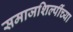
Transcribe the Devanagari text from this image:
समाजशिल्पींच्या